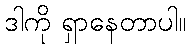
ဒါကို ရှာနေတာပါ။